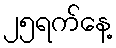
၂၅ရက်နေ့